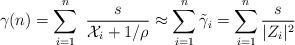
LaTeX: \begin{align*}\gamma(n) = \sum_{i=1}^{n} \,\, \frac{s}{\mathcal{X}_i + 1/\rho } &\approx \sum_{i=1}^{n} \tilde{\gamma}_i = \sum_{i=1}^{n}\frac{s}{|Z_i|^2 }\end{align*}